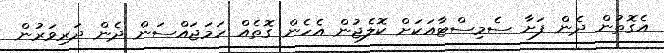
އެގޮތުން ދެން ފަށާ ސެމިސްޓާއަކަށް ކޮލެޖުން އެހެން ގޮތެއް ހަމަޖައްސަން ދެން ދަރިވަރުން